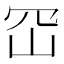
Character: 𭖊